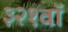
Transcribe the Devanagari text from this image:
३२१वॉ